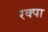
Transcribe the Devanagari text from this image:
रक्पा